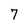
Character: 7